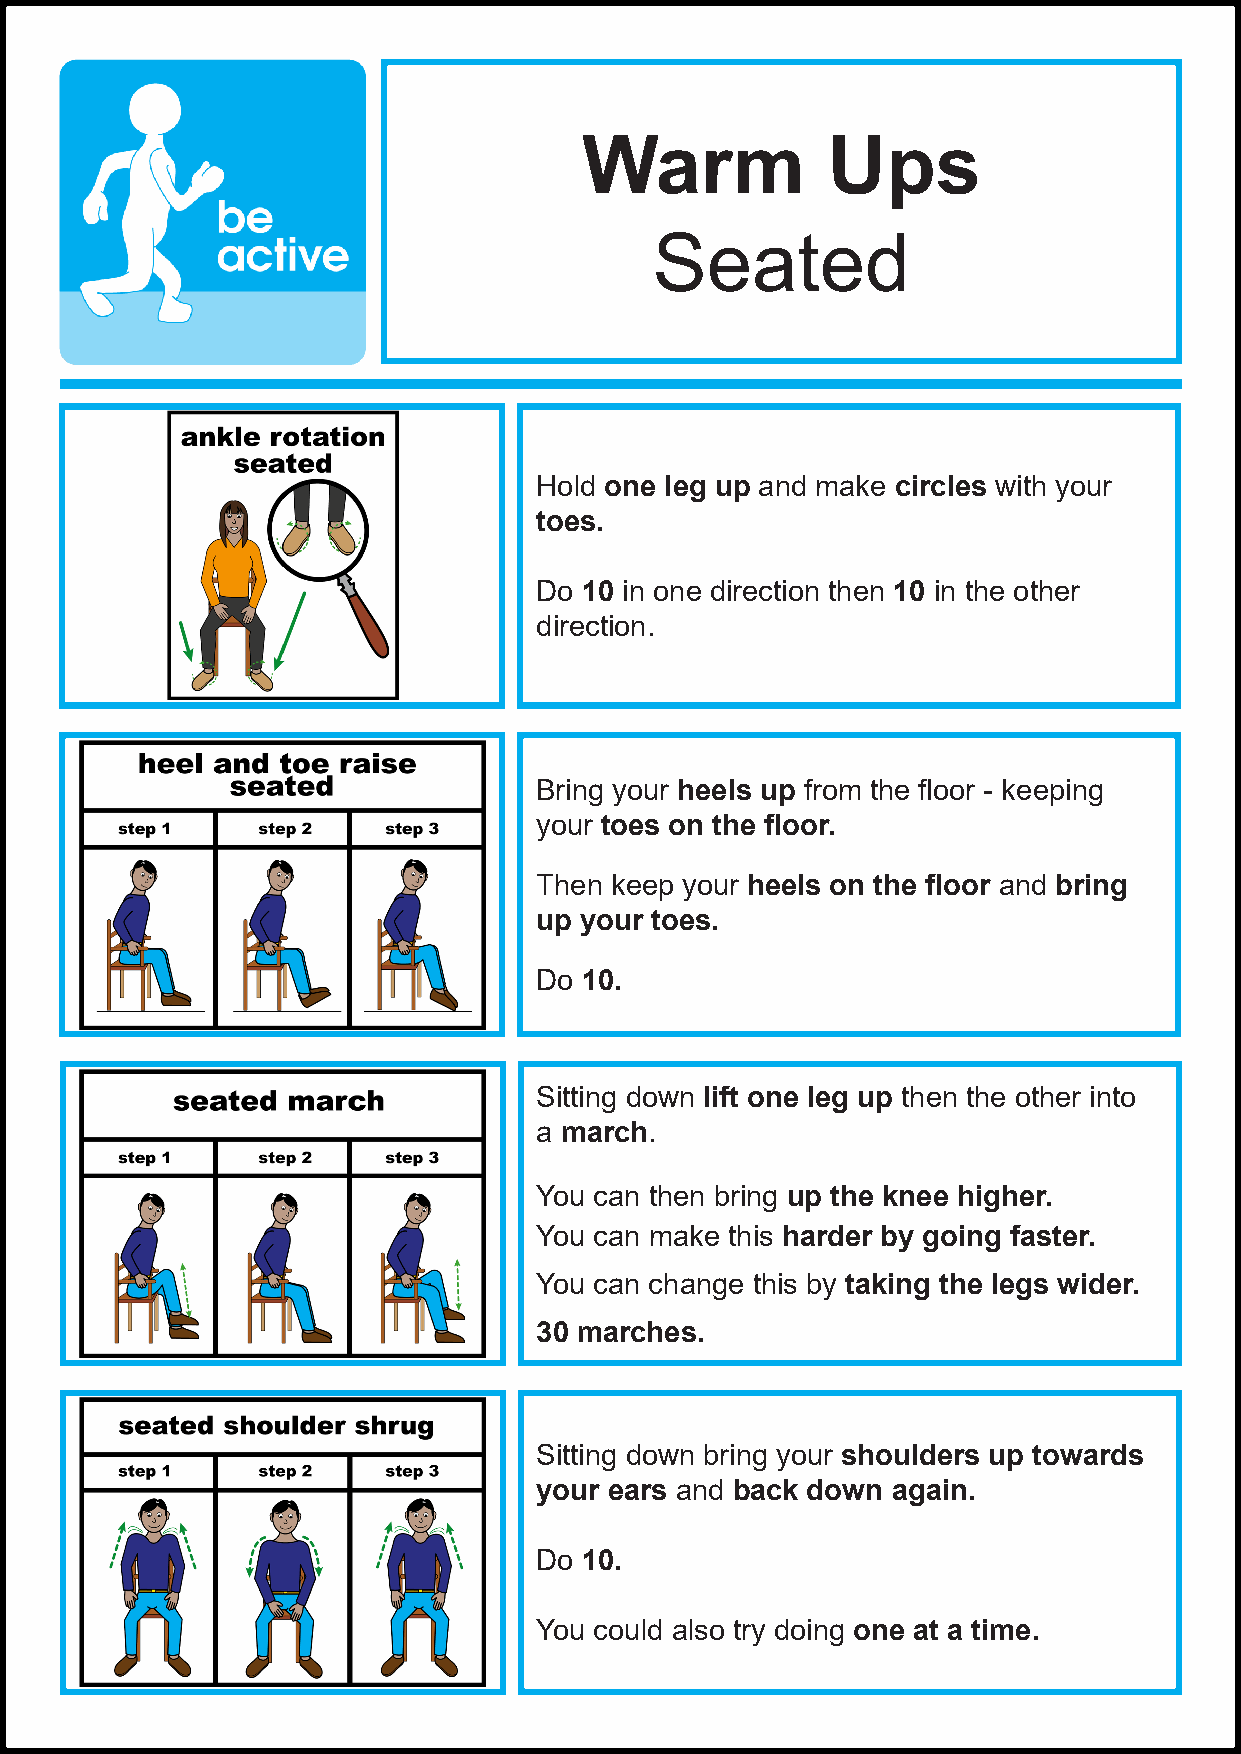
Warm            Ups
 Seated
 Hold one leg up and make circles with your
 toes.
 Do 10 in one direction then 10 in the other
 direction.
 Bring your heels up from the floor - keeping
 your toes on the floor.
 Then keep your heels on the floor and bring
 up your toes.
 Do 10.
 Sitting down lift one leg up then the other into
 a march.
 You can then bring up the knee higher.
 You can make this harder by going faster.
 You can change this by taking the legs wider.
 30 marches.
 Sitting down bring your shoulders up towards
 your ears and back down again.
 Do 10.
 You could also try doing one at a time.